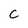
Character: C